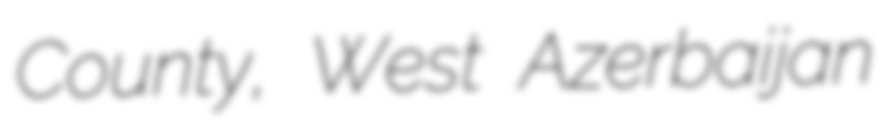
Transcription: County, West Azerbaijan